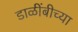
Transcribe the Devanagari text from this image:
डाळींबीच्या